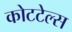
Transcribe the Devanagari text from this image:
कोटटेल्स